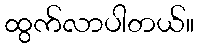
ထွက်လာပါတယ်။